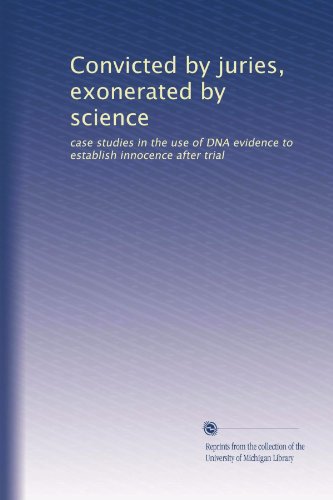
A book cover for Convicted by juries, exonerated by science: case studies in the use of DNA evidence to establish innocence after trial; Unknown; Law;